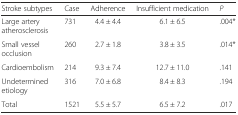
<table><thead><tr><td><b>Stroke subtypes</b></td><td><b>Case</b></td><td><b>Adherence</b></td><td><b>Insufficient medication</b></td><td><b><i>P</i></b></td></tr></thead><tbody><tr><td>Large artery atherosclerosis</td><td>731</td><td>4.4 ± 4.4</td><td>6.1 ± 6.5</td><td>.004*</td></tr><tr><td>Small vessel occlusion</td><td>260</td><td>2.7 ± 1.8</td><td>3.8 ± 3.5</td><td>.014*</td></tr><tr><td>Cardioembolism</td><td>214</td><td>9.3 ± 7.4</td><td>12.7 ± 11.0</td><td>.141</td></tr><tr><td>Undetermined etiology</td><td>316</td><td>7.0 ± 6.8</td><td>8.4 ± 8.3</td><td>.194</td></tr><tr><td>Total</td><td>1521</td><td>5.5 ± 5.7</td><td>6.5 ± 7.2</td><td>.017</td></tr></tbody></table>